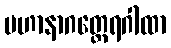
မဟာနာဂတ္ထေရဂါထာ